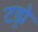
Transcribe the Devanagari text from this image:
टड्रो